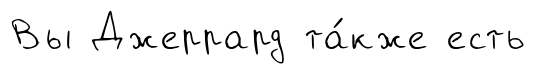
Вы Джеррард та́кже есть